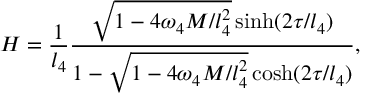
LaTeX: H = \frac { 1 } { l _ { 4 } } \frac { \sqrt { 1 - 4 \omega _ { 4 } M / l _ { 4 } ^ { 2 } } \sinh ( 2 \tau / l _ { 4 } ) } { 1 - \sqrt { 1 - 4 \omega _ { 4 } M / l _ { 4 } ^ { 2 } } \cosh ( 2 \tau / l _ { 4 } ) } ,